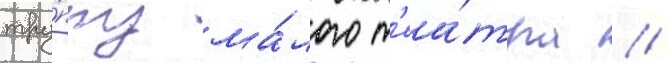
тру́ппу ма́лого т'еа́тра //